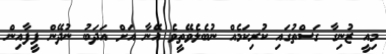
މިއީ ޒުނިގާ ގަސްތުގައި ކުރިކަމެއް ނުބެލެވޭތީވެ އޭނާ އަށް އަދަބު ނުދޭން ފީފާއިން